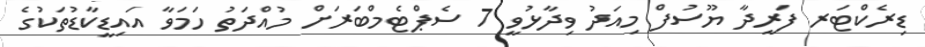
ޑިރެކްޓަރ ފަރީދާ ޔޫސުފް މިއަދު ވިދާޅުވީ 7 ސެޕްޓެމްބަރަށް މުއްދަތު ހަމަވާ އައިޑީކާޑުތަކުގެ